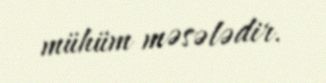
mühüm məsələdir.